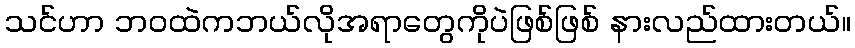
သင်ဟာ ဘဝထဲကဘယ်လိုအရာတွေကိုပဲဖြစ်ဖြစ် နားလည်ထားတယ်။